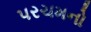
પરચમનો